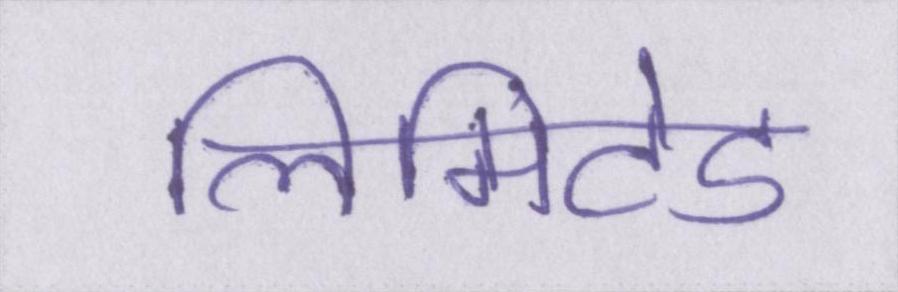
लिमिटेड